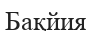
Бақйия